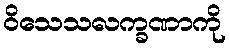
ဝိသေသလက္ခဏာကို